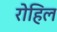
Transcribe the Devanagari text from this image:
रोहिल